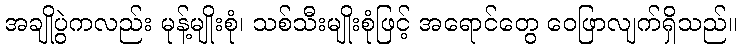
အချိုပွဲကလည်း မုန့်မျိုးစုံ၊ သစ်သီးမျိုးစုံဖြင့် အရောင်တွေ ဝေဖြာလျက်ရှိသည်။